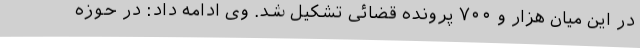
در این میان هزار و ۷۰۰ پرونده قضائی تشکیل شد. وی ادامه داد: در حوزه